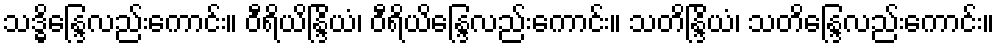
သဒ္ဓိန္ဒြေလည်းကောင်း။ ဝီရိယိန္ဒြိယံ၊ ဝီရိယိန္ဒြေလည်းကောင်း။ သတိန္ဒြိယံ၊ သတိန္ဒြေလည်းကောင်း။